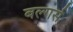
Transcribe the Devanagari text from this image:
बल्गर्स